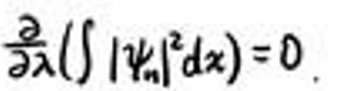
\(\frac{\partial}{\partial \lambda}\left(\int\left|\psi_{n}\right|^{2} d x\right)=0\)